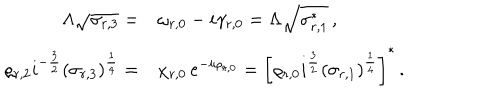
\begin{array} { r l } { { \Lambda \sqrt { \sigma _ { r , 3 } } = } } & { { \omega _ { r , 0 } - i \gamma _ { r , 0 } = \Lambda \sqrt { \sigma _ { r , 1 } ^ { * } } \, , } } \\ { { \varrho _ { r , 2 } i ^ { - \frac { 3 } { 2 } } ( \sigma _ { r , 3 } ) ^ { \frac { 1 } { 4 } } = } } & { { \chi _ { r , 0 } \, e ^ { - i \varphi _ { r , 0 } } = \left[ \varrho _ { r , 0 } i ^ { \frac { 3 } { 2 } } ( \sigma _ { r , 1 } ) ^ { \frac { 1 } { 4 } } \right] ^ { * } \, . } } \\ \end{array}